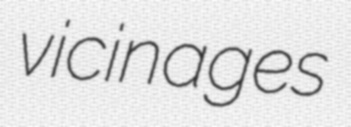
vicinages